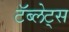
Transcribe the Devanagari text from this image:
टॅब्लेट्‍स